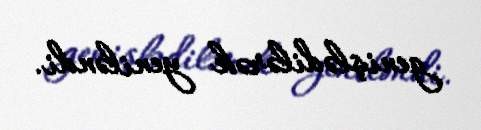
genişlədilərək yeniləndi.